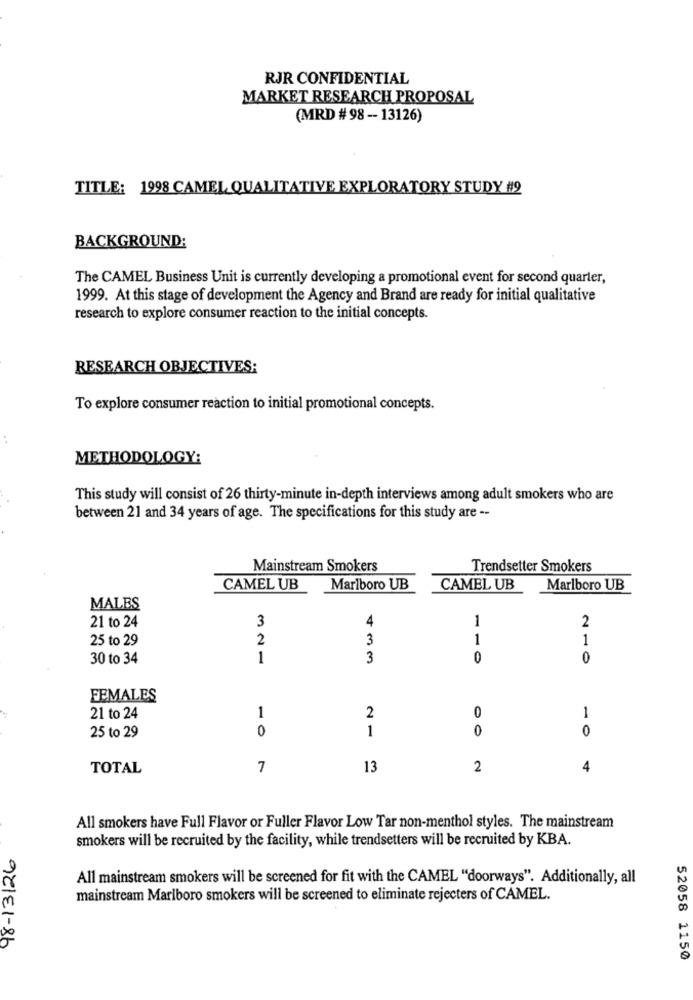
RJR CONFIDENTIAL
MARKET RESEARCH PROPOSAL
(MRD # 98-13126)
TITLE: 1998 CAMEL QUALITATIVE EXPLORATORY STUDY #2
BACKGROUND:
The CAMEL Business Unit is currently developing a promotional event for second quarter,
1999. At this stage of development the Agency and Brand are ready for initial qualitative
research to explore consumer reaction to the initial concepts.
RESEARCH OBJECTIVES;
To explore consumer reaction to initial promotional concepts.
METHODOLOGY:
This study will consist of 26 thirty-minute in-depth interviews among adult smokers who are
between 21 and 34 years of age. The specifications for this study are --
Mainstream Smokers
Trendsetter Smokers
CAMEL UB
Marlboro UB
CAMEL UB
Marlboro UB
MALES
3
4
1
2
21 to 24
25 to 29
2
3
1
1
30 to 34
1
3
0
0
FEMALES
0
21 to 24
1
2
1
0
1
0
0
25 to 29
TOTAL
7
13
2
4
All smokers have Full Flavor or Fuller Flavor Low Tar non-menthol styles. The mainstream
smokers will be recruited by the facility, while trendsetters will be recruited by KBA.
98-13126
All mainstream smokers will be screened for fit with the CAMEL "doorways". Additionally, all
mainstream Marlboro smokers will be screened to eliminate rejecters of CAMEL.
52058 1150